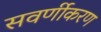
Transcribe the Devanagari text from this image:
सवर्णीकरण